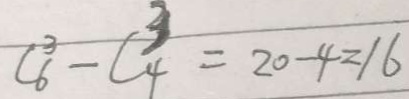
C _ { 6 } ^ { 3 } - C _ { 4 } ^ { 3 } = 2 0 - 4 = 1 6